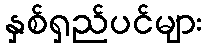
နှစ်ရှည်ပင်များ